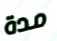
مدة